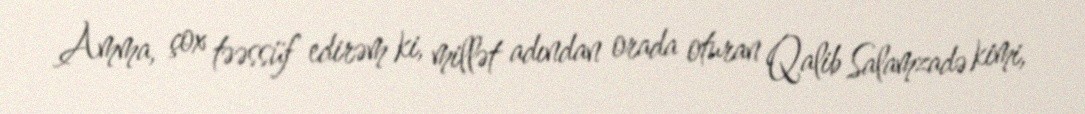
Amma, çox təəssüf edirəm ki, millət adından orada oturan Qalib Salamzadə kimi,